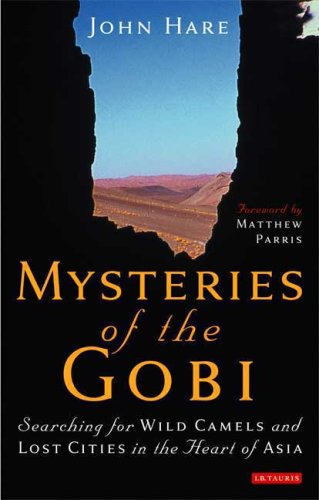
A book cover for Mysteries of the Gobi: Searching for Wild Camels and Lost Cities in the Heart of Asia; John Hare; Travel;